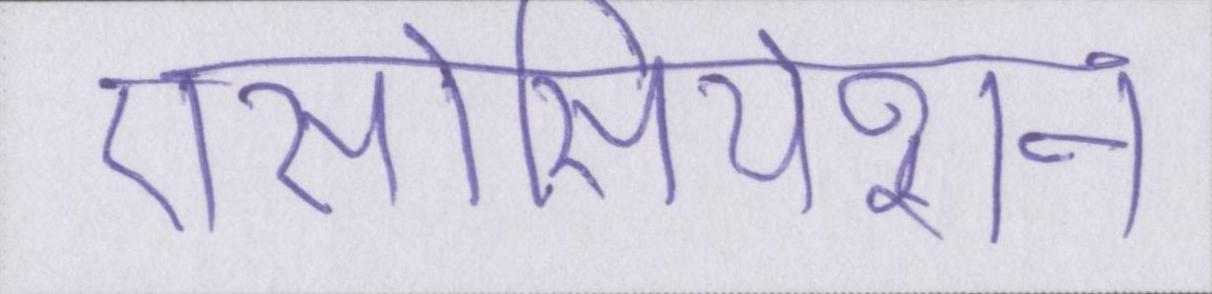
एसोसियेशन